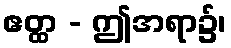
ဧတ္ထ - ဤအရာ၌၊